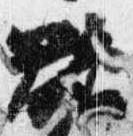
欲